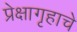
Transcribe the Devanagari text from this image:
प्रेक्षागृहाचे